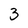
Character: 3